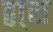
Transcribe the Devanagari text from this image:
द्वा्रा